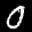
Label: 0